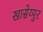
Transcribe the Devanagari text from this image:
खासेय्पुर